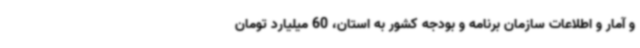
و آمار و اطلاعات سازمان برنامه و بودجه کشور به استان، 60 میلیارد تومان